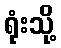
ရုံးသို့